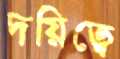
দয়িত্বে